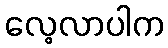
လေ့လာပါက